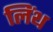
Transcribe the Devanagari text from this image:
लिंथ